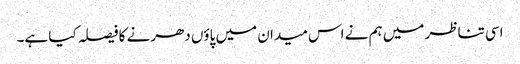
اسی تناظر میں ہم نے اس میدان میں پاؤں دھرنے کا فیصلہ کیا ہے۔